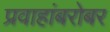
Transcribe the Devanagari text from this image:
प्रवाहांबरोबर